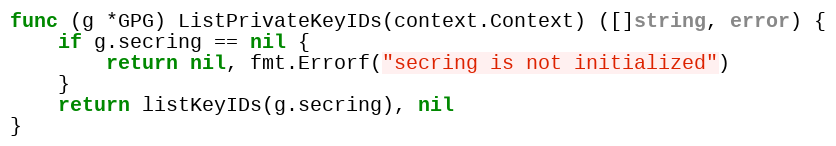
Language: Go
func (g *GPG) ListPrivateKeyIDs(context.Context) ([]string, error) {
	if g.secring == nil {
		return nil, fmt.Errorf("secring is not initialized")
	}
	return listKeyIDs(g.secring), nil
}